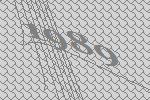
1989